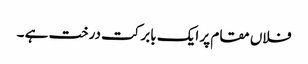
فلاں مقام پر ایک بابرکت درخت ہے ۔